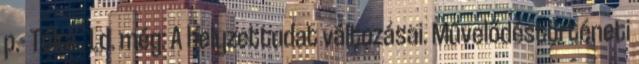
p.- Téka . Ld. még: A helyzettudat változásai. Művelődéstörténeti